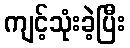
ကျင့်သုံးခဲ့ပြီး